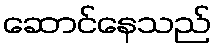
ဆောင်နေသည်